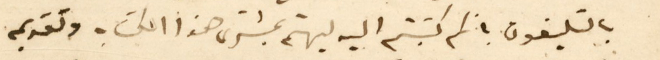
بالتليفون بانكم كتبتم اليه ليهتم بمشترى هذا الكتاب وتقديمه